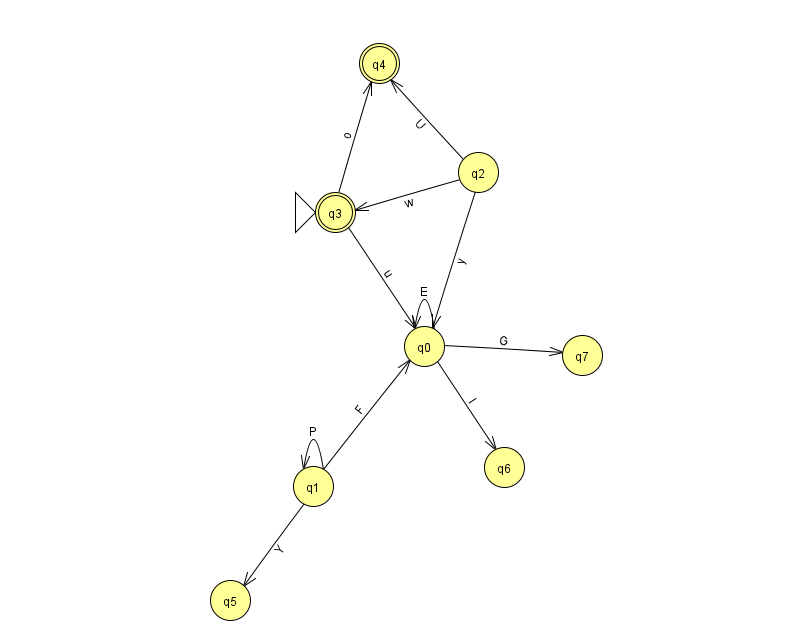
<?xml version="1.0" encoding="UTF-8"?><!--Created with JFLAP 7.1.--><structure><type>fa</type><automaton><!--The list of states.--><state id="0" name="q0"><x>424.0</x><y>333.0</y></state><state id="1" name="q1"><x>313.0</x><y>473.0</y></state><state id="2" name="q2"><x>478.0</x><y>159.0</y></state><state id="3" name="q3"><x>335.0</x><y>199.0</y><initial/><final/></state><state id="4" name="q4"><x>379.0</x><y>50.0</y><final/></state><state id="5" name="q5"><x>230.0</x><y>587.0</y></state><state id="6" name="q6"><x>504.0</x><y>454.0</y></state><state id="7" name="q7"><x>582.0</x><y>342.0</y></state><!--The list of transitions.--><transition><from>1</from><to>1</to><read>P</read></transition><transition><from>2</from><to>3</to><read>w</read></transition><transition><from>2</from><to>4</to><read>U</read></transition><transition><from>3</from><to>0</to><read>u</read></transition><transition><from>0</from><to>0</to><read>E</read></transition><transition><from>1</from><to>0</to><read>F</read></transition><transition><from>1</from><to>5</to><read>Y</read></transition><transition><from>2</from><to>0</to><read>y</read></transition><transition><from>0</from><to>6</to><read>I</read></transition><transition><from>0</from><to>7</to><read>G</read></transition><transition><from>3</from><to>4</to><read>o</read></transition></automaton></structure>